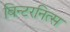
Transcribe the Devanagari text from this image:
विन्टरनित्स